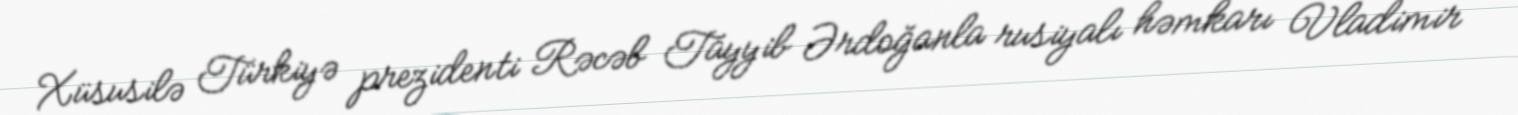
Xüsusilə Türkiyə prezidenti Rəcəb Tayyib Ərdoğanla rusiyalı həmkarı Vladimir